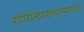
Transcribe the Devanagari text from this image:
शरिरेन्द्रियसत्वात्म्सयोगो